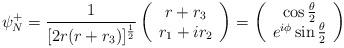
LaTeX: \begin{align*}\psi^+_N=\frac{1}{[2r(r+r_3)]^{\frac{1}{2}}}\left( \begin{array}{c}r+r_3 \\ r_1+ir_2 \end{array} \right ) = \left( \begin{array}{c}\cos\frac{\theta}{2} \\ e^{i\phi} \sin\frac{\theta}{2} \end{array}\right ) \end{align*}